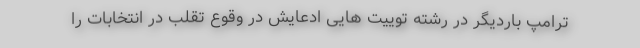
ترامپ باردیگر در رشته توییت هایی ادعایش در وقوع تقلب در انتخابات را